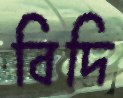
বিদি